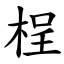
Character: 桯